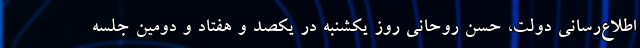
اطلاع‌رسانی دولت، حسن روحانی روز یکشنبه در یکصد و هفتاد و دومین جلسه